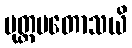
ပုတ္တမတောသယိ